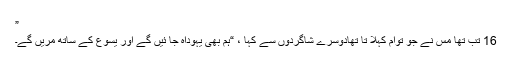
”
16 تب تھا مس نے جو توام کہلا تا تھادوسرے شاگردوں سے کہا ، “ہم بھی یہوداہ جا ئیں گے اور یسوع کے ساتھ مریں گے۔